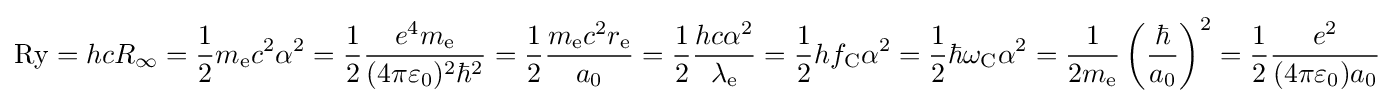
{\text{Ry}}=hcR_{\infty }={\frac {1}{2}}m_{\text{e}}c^{2}\alpha ^{2}={\frac {1}{2}}{\frac {e^{4}m_{\text{e}}}{(4\pi \varepsilon _{0})^{2}\hbar ^{2}}}={\frac {1}{2}}{\frac {m_{\text{e}}c^{2}r_{\text{e}}}{a_{0}}}={\frac {1}{2}}{\frac {hc\alpha ^{2}}{\lambda _{\text{e}}}}={\frac {1}{2}}hf_{\text{C}}\alpha ^{2}={\frac {1}{2}}\hbar \omega _{\text{C}}\alpha ^{2}={\frac {1}{2m_{\text{e}}}}\left({\dfrac {\hbar }{a_{0}}}\right)^{2}={\frac {1}{2}}{\frac {e^{2}}{(4\pi \varepsilon _{0})a_{0}}}